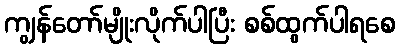
ကျွန်တော်မျိုးလိုက်ပါပြီး စစ်ထွက်ပါရစေ